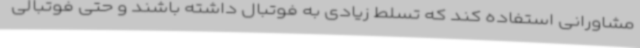
مشاورانی استفاده کند که تسلط زیادی به فوتبال داشته باشند و حتی فوتبالی